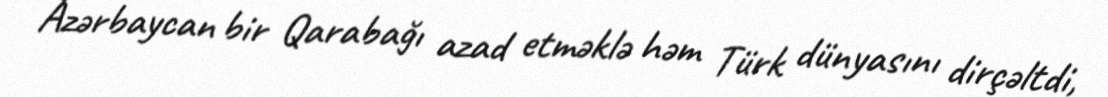
Azərbaycan bir Qarabağı azad etməklə həm Türk dünyasını dirçəltdi,